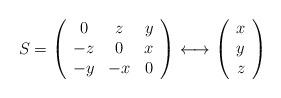
LaTeX: \begin{align*}S=\left(\begin{array}[c]{ccc}0 & z & y\\-z & 0 & x\\-y & -x & 0\end{array}\right) \longleftrightarrow\left(\begin{array}[c]{c}x\\y\\z\end{array}\right)\end{align*}